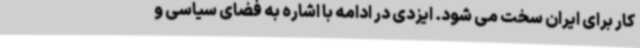
کار برای ایران سخت می شود. ایزدی در ادامه با اشاره به فضای سیاسی و